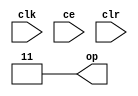
module sysgen_constant_88effd842b (
  output [(2 - 1):0] op,
  input clk,
  input ce,
  input clr);
  assign op = 2'b11;
endmodule